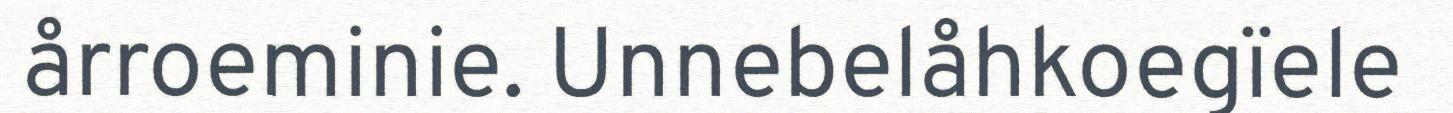
årroeminie. Unnebelåhkoegïele